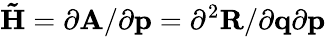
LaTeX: \mathbf{\tilde{H}}={\partial\mathbf{A}}/{\partial\mathbf{p}}={\partial^{2}\mathbf{R}}/{\partial\mathbf{q}\partial\mathbf{p}}